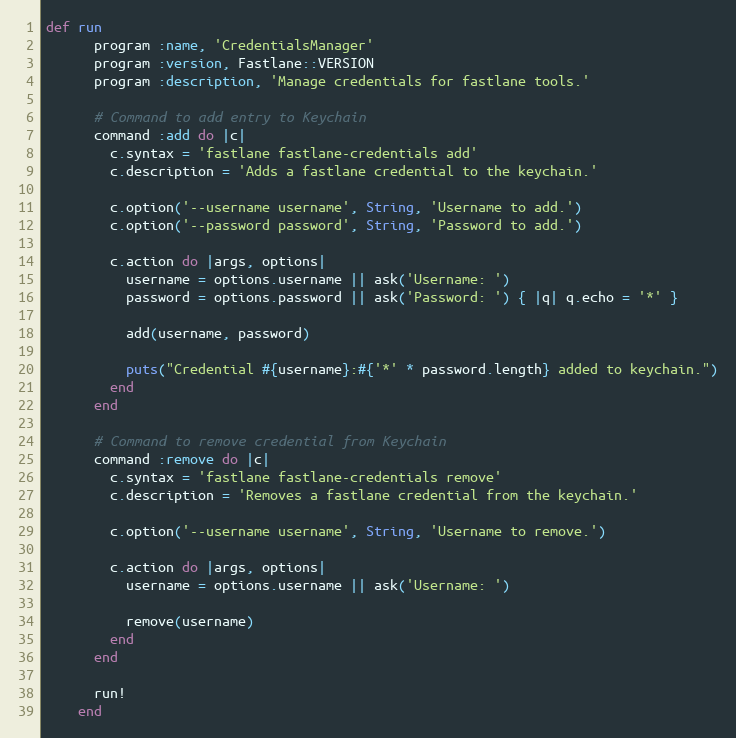
Language: Ruby
def run
      program :name, 'CredentialsManager'
      program :version, Fastlane::VERSION
      program :description, 'Manage credentials for fastlane tools.'

      # Command to add entry to Keychain
      command :add do |c|
        c.syntax = 'fastlane fastlane-credentials add'
        c.description = 'Adds a fastlane credential to the keychain.'

        c.option('--username username', String, 'Username to add.')
        c.option('--password password', String, 'Password to add.')

        c.action do |args, options|
          username = options.username || ask('Username: ')
          password = options.password || ask('Password: ') { |q| q.echo = '*' }

          add(username, password)

          puts("Credential #{username}:#{'*' * password.length} added to keychain.")
        end
      end

      # Command to remove credential from Keychain
      command :remove do |c|
        c.syntax = 'fastlane fastlane-credentials remove'
        c.description = 'Removes a fastlane credential from the keychain.'

        c.option('--username username', String, 'Username to remove.')

        c.action do |args, options|
          username = options.username || ask('Username: ')

          remove(username)
        end
      end

      run!
    end